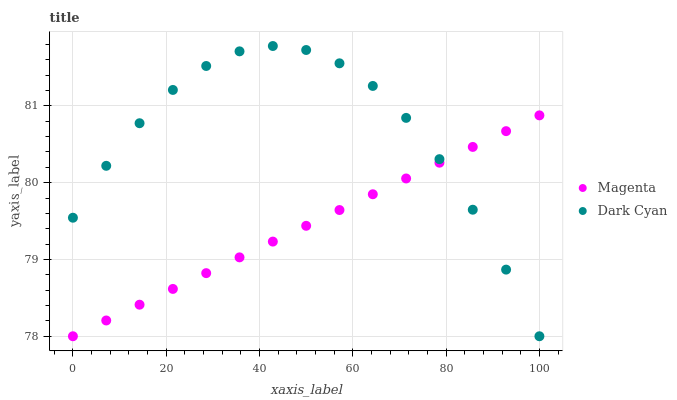
| xaxis_label | Magenta | Dark Cyan |
 | --- | --- | --- |
 | 0 | 78 | 79.5 |
 | 7.14 | 78.2 | 80.2 |
 | 14.3 | 78.4 | 80.8 |
 | 21.4 | 78.6 | 81.2 |
 | 28.6 | 78.8 | 81.5 |
 | 35.7 | 79 | 81.7 |
 | 42.9 | 79.2 | 81.8 |
 | 50 | 79.4 | 81.7 |
 | 57.1 | 79.6 | 81.6 |
 | 64.3 | 79.8 | 81.3 |
 | 71.4 | 80.1 | 80.8 |
 | 78.6 | 80.3 | 80.3 |
 | 85.7 | 80.5 | 79.6 |
 | 92.9 | 80.7 | 78.9 |
 | 100 | 80.9 | 78 |